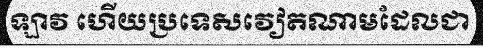
ឡាវ ហើយប្រទេសវៀតណាមដែលជា